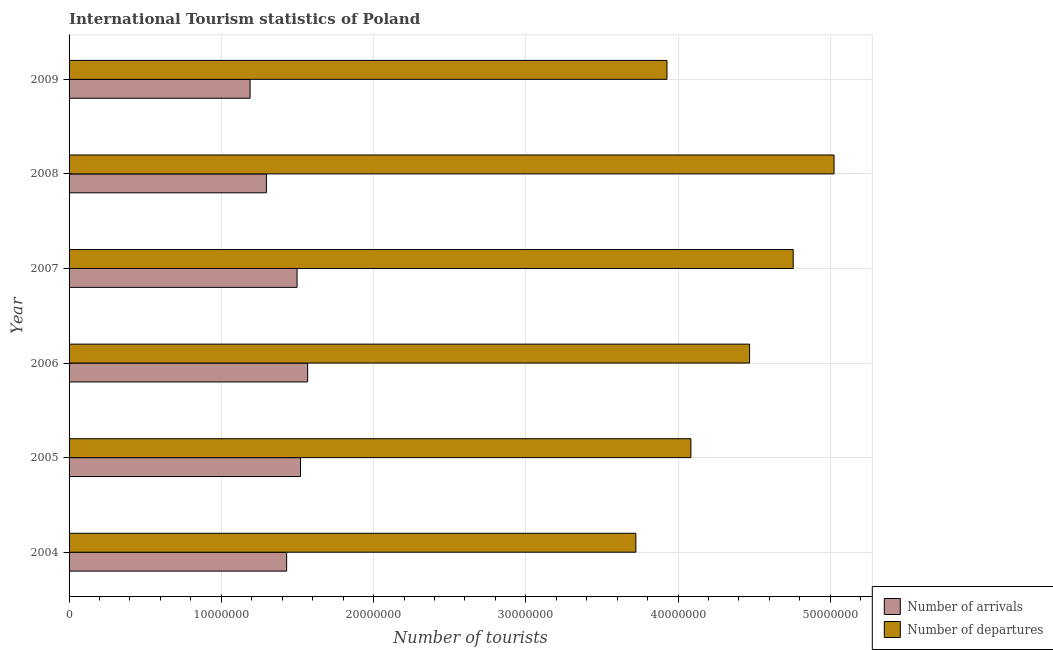
| Year | Number of arrivals | Number of departures |
 | --- | --- | --- |
 | 2004 | 1.43e+07 | 3.72e+07 |
 | 2005 | 1.52e+07 | 4.08e+07 |
 | 2006 | 1.57e+07 | 4.47e+07 |
 | 2007 | 1.5e+07 | 4.76e+07 |
 | 2008 | 1.3e+07 | 5.02e+07 |
 | 2009 | 1.19e+07 | 3.93e+07 |